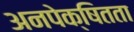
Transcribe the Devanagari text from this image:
अनपेक्षितता